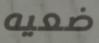
ضعيه